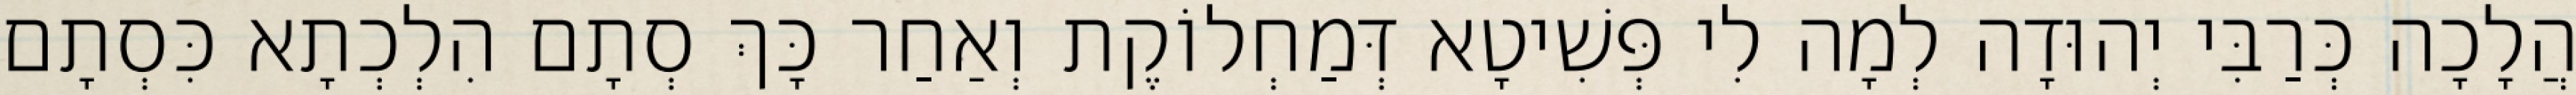
הֲלָכָה כְּרַבִּי יְהוּדָה לְמָה לִי פְּשִׁיטָא דְּמַחְלוֹקֶת וְאַחַר כָּךְ סְתָם הִלְכְתָא כִּסְתָם